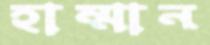
হাম্মান